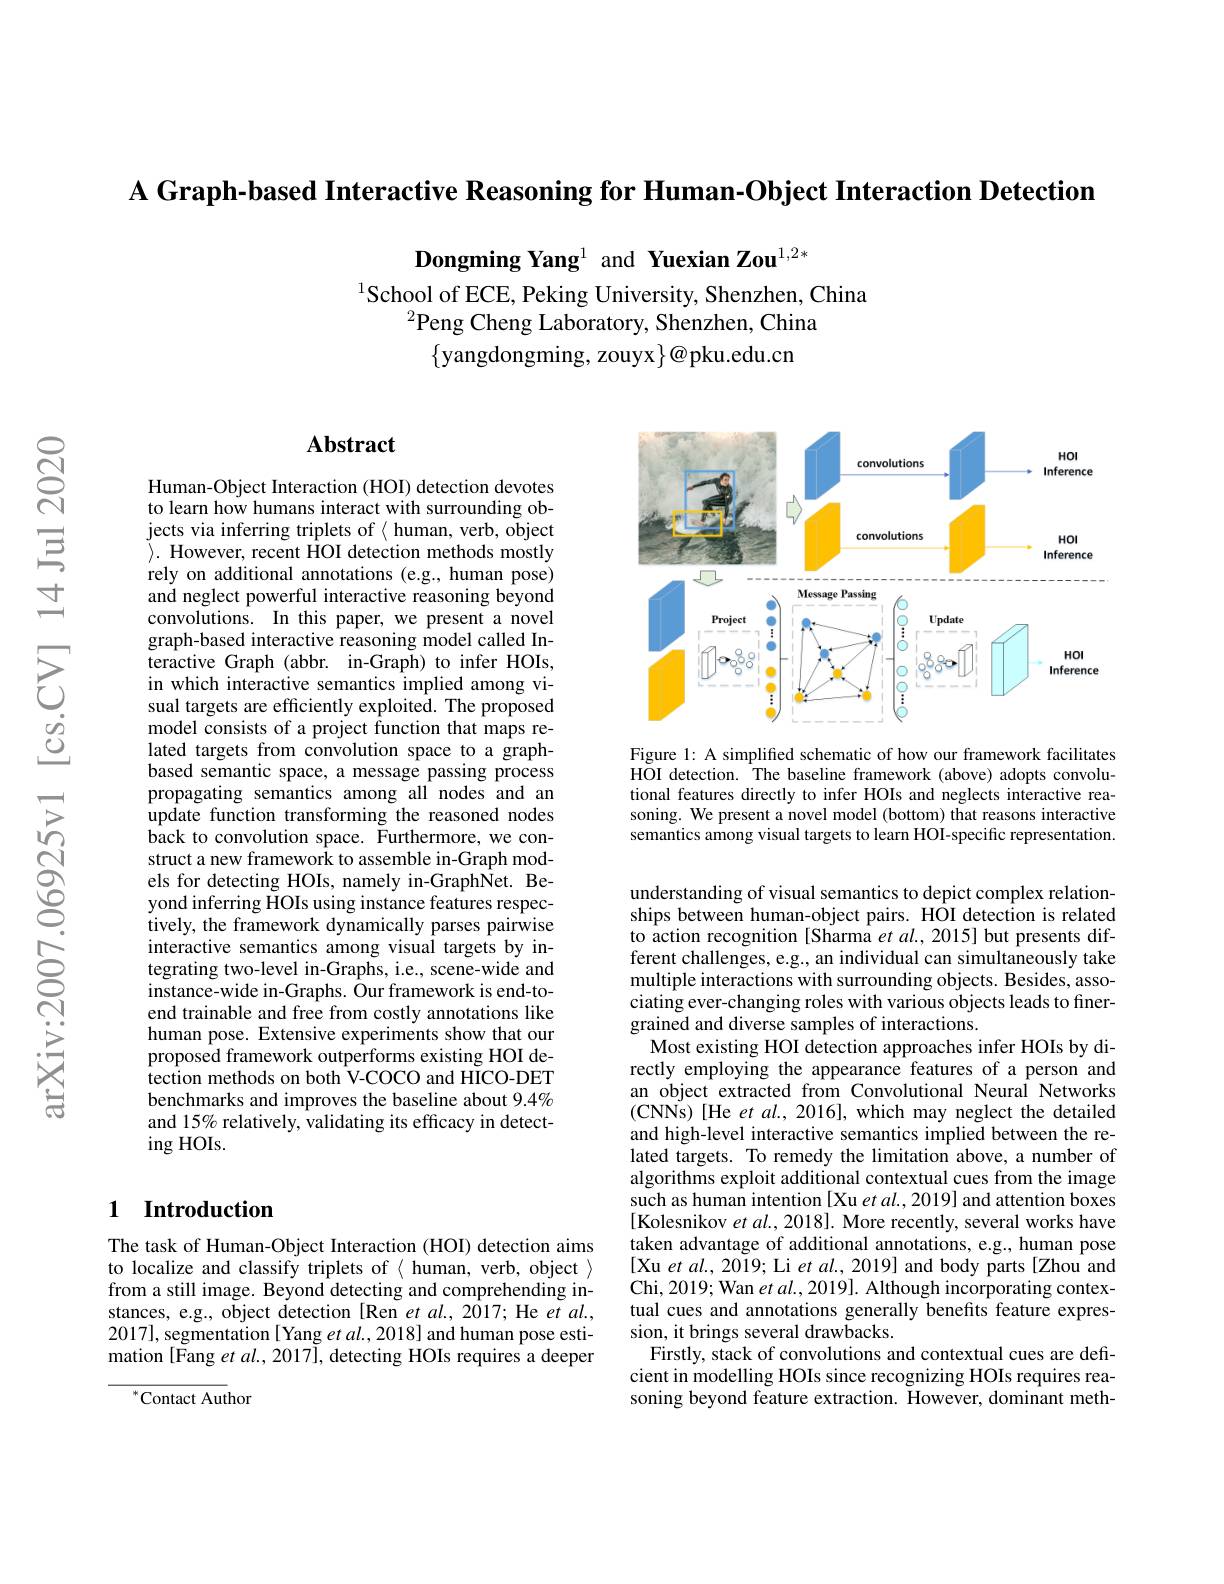
$\textbf{A Graph- based Interactive Reasoning for Human- Object Interaction Detection}$

Dongming Yang$^{1}$ and Yuexian Zou$^{1,2*}$

$^{1}$School of ECE, Peking University, Shenzhen, China
$^{2}$Peng Cheng Laboratory, Shenzhen, China
$\{$yangdongming, zouyx$\}@$pku.edu.cn

## Abstract

<FigureHere>

Figure 1: A simplified schematic of how our framework facilitates HOI detection. The baseline framework (above) adopts convolutional features directly to infer HOIs and neglects interactive reasoning. We present a novel model (bottom) that reasons interactive semantics among visual targets to learn HOI-specific representation.

Human-Object Interaction (HOI) detection devotes to learn how humans interact with surrounding objects via inferring triplets of $\langle$ human, verb, object $\rangle.$ However, recent HOI detection methods mostly rely on additional annotations (e.g., human pose) and neglect powerful interactive reasoning beyond convolutions. In this paper, we present a novel graph-based interactive reasoning model called Interactive Graph (abbr. in-Graph) to infer HOIs, in which interactive semantics implied among visual targets are efficiently exploited. The proposed model consists of a project function that maps related targets from convolution space to a graphbased semantic space, a message passing process propagating semantics among all nodes and an update function transforming the reasoned nodes back to convolution space. Furthermore, we construct a new framework to assemble in-Graph models for detecting HOIs, namely in-GraphNet. Beyond inferring HOIs using instance features respectively, the framework dynamically parses pairwise interactive semantics among visual targets by integrating two-level in-Graphs, i.e., scene-wide and instance-wide in-Graphs. Our framework is end-toend trainable and free from costly annotations like human pose. Extensive experiments show that our proposed framework outperforms existing HOI detection methods on both V-COCO and HICO-DET benchmarks and improves the baseline about 9.4% and 15% relatively, validating its efficacy in detecting HOIs.

understanding of visual semantics to depict complex relationships between human-object pairs. HOI detection is related to action recognition [Sharma et al., 2015] but presents different challenges, e.g., an individual can simultaneously take multiple interactions with surrounding objects. Besides, associating ever-changing roles with various objects leads to finergrained and diverse samples of interactions.
Most existing HOI detection approaches infer HOIs by directly employing the appearance features of a person and an object extracted from Convolutional Neural Networks (CNNs) [He et al., 2016], which may neglect the detailed and high-level interactive semantics implied between the related targets. To remedy the limitation above, a number of algorithms exploit additional contextual cues from the image such as human intention [Xu et al., 2019] and attention boxes [Kolesnikov $etal.,2018].$ More recently, several works have taken advantage of additional annotations, e.g., human pose [Xu et al., 2019; Li et al., 2019] and body parts[Zhou and Chi, 2019; Wan et al., 2019]. Although incorporating contextual cues and annotations generally benefits feature expression, it brings several drawbacks.
Firstly, stack of convolutions and contextual cues are deficient in modelling HOIs since recognizing HOIs requires reasoning beyond feature extraction. However, dominant meth-

# 1 Introduction

The task of Human-Object Interaction (HOI) detection aims to localize and classify triplets of $\langle$ human, verb, object $\rangle$ from a still image. Beyond detecting and comprehending instances, e.g., object detection [Ren et al., 2017; He et al., 2017], segmentation[ Yang et al., 2018] and human pose estimation [Fang et al., 2017], detecting HOIs requires a deeper

${^{*}\mathrm{Contact~Author}}$